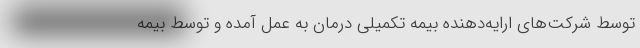
توسط شرکت‌های ارایه‌دهنده بیمه تکمیلی درمان به عمل آمده و توسط بیمه